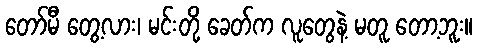
တော်မီ တွေ့လား၊ မင်းတို့ ခေတ်က လူတွေနဲ့ မတူ တော့ဘူး။